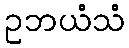
ဥဘယံသံ